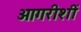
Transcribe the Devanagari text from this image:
आगरीशीं